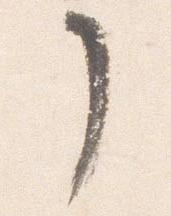
了